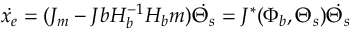
\centering \Dot { x _ { e } } = ( J _ { m } - J b H _ { b } ^ { - 1 } H _ { b } m ) \Dot { \Theta _ { s } } = J ^ { * } ( \Phi _ { b } , \Theta _ { s } ) \Dot { \Theta _ { s } } \centering